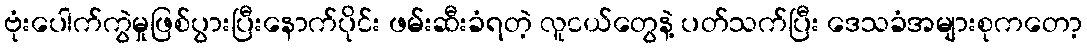
ဗုံးပေါက်ကွဲမှုဖြစ်ပွားပြီးနောက်ပိုင်း ဖမ်းဆီးခံရတဲ့ လူငယ်တွေနဲ့ ပတ်သက်ပြီး ဒေသခံအများစုကတော့